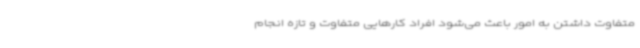
متفاوت داشتن به امور باعث می‌شود افراد کارهایی متفاوت و تازه انجام